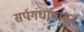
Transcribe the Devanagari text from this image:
सर्पगंधापासून